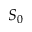
S _ { 0 }